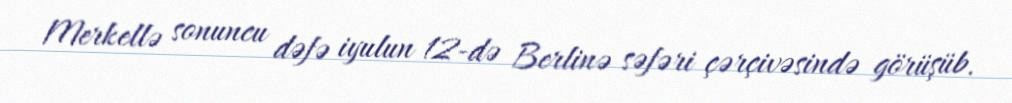
Merkellə sonuncu dəfə iyulun 12-də Berlinə səfəri çərçivəsində görüşüb.